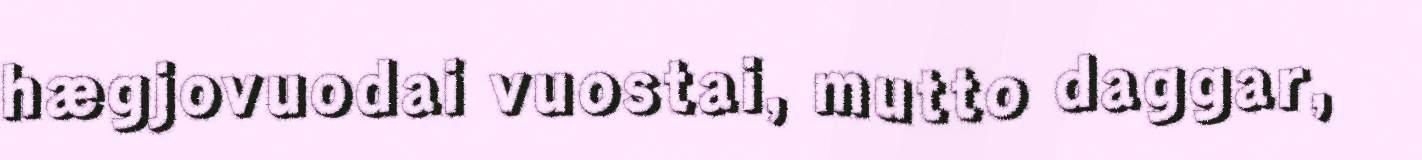
hægjovuodai vuostai, mutto daggar,